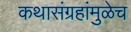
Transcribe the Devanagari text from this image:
कथासंग्रहांमुळेच